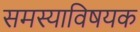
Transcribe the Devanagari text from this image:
समस्याविषयक